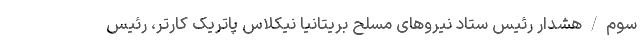
سوم/هشدار رئیس ستاد نیروهای مسلح بریتانیا نیکلاس پاتریک کارتر، رئیس